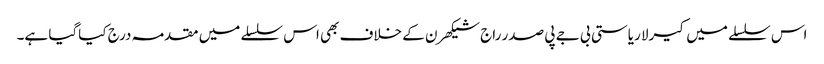
اس سلسلے میں کیرلا ریاستی بی جے پی صدر راج شیکھرن کے خلاف بھی اس سلسلے میں مقدمہ درج کیاگیا ہے۔